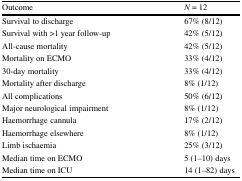
<table><thead><tr><td><b>Outcome</b></td><td><b><i>N</i> = 12</b></td></tr></thead><tbody><tr><td>Survival to discharge</td><td>67% (8/12)</td></tr><tr><td>Survival with &gt;1 year follow-up</td><td>42% (5/12)</td></tr><tr><td>All-cause mortality</td><td>42% (5/12)</td></tr><tr><td>Mortality on ECMO</td><td>33% (4/12)</td></tr><tr><td>30-day mortality</td><td>33% (4/12)</td></tr><tr><td>Mortality after discharge</td><td>8% (1/12)</td></tr><tr><td>All complications</td><td>50% (6/12)</td></tr><tr><td>Major neurological impairment</td><td>8% (1/12)</td></tr><tr><td>Haemorrhage cannula</td><td>17% (2/12)</td></tr><tr><td>Haemorrhage elsewhere</td><td>8% (1/12)</td></tr><tr><td>Limb ischaemia</td><td>25% (3/12)</td></tr><tr><td>Median time on ECMO</td><td>5 (1–10) days</td></tr><tr><td>Median time on ICU</td><td>14 (1–82) days</td></tr></tbody></table>